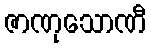
ဇာဏုသောဏီ